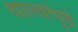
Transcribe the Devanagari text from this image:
वाल्यांपुढे